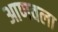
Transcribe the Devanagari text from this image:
आणवला